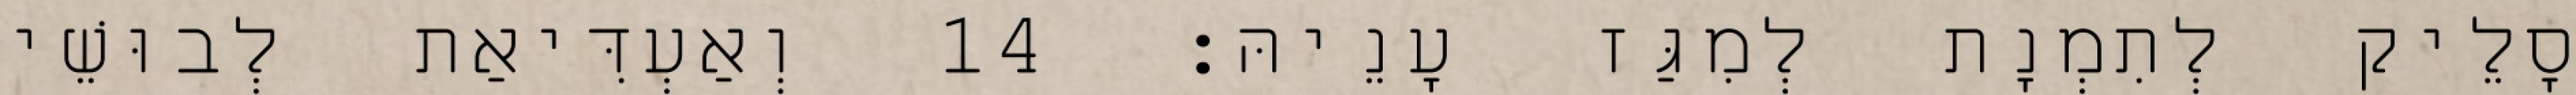
סָלֵיק לְתִמְנָת לְמִגַּז עָנֵיהּ׃ 14 וְאַעְדִּיאַת לְבוּשֵׁי